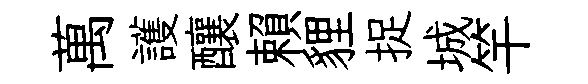
萬護釀賴貍捉城竿